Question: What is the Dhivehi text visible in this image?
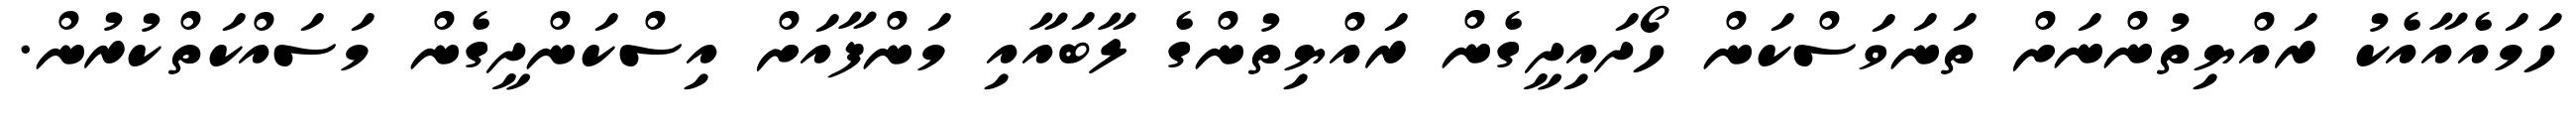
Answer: ހަމައެއާއެކު ރައްޔިތުންނަށް ތަނަވަސްކަން ހޯދައިދީގެން ރައްޔިތުންގެ ލާބައާއި މަންފާއަށް އިސްކަންދީގެން މަސައްކަތްކުރުން.